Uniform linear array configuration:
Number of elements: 12
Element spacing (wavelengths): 0.75
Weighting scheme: kaiser
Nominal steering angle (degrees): -45
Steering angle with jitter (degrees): -44.347
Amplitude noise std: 0.05
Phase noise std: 0.05

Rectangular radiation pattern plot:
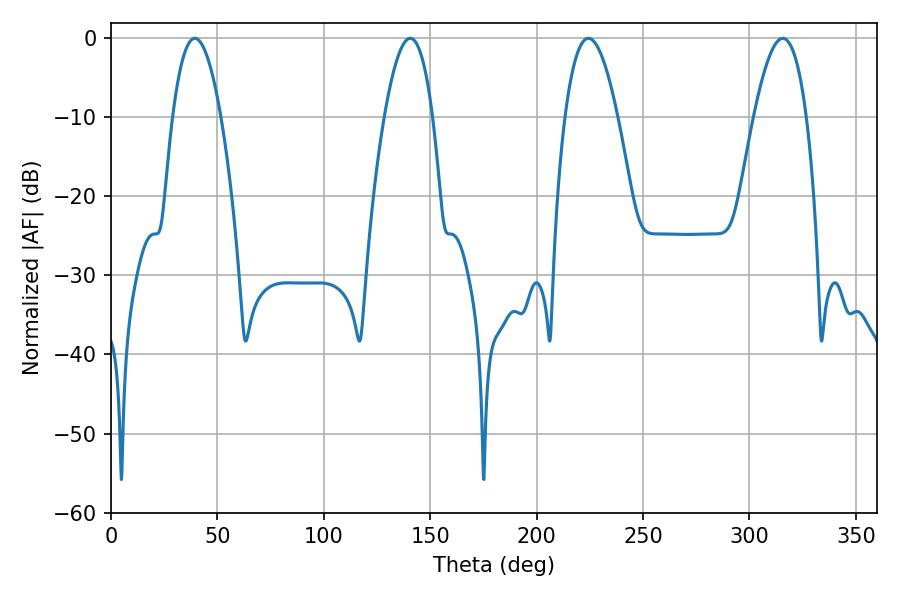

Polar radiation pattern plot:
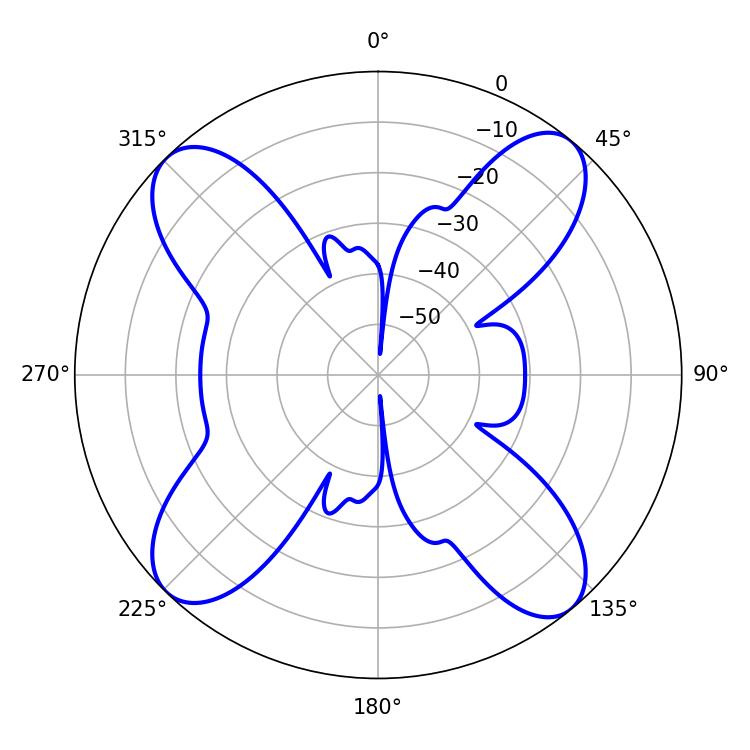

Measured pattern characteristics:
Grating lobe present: TRUE
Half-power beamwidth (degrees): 12.42
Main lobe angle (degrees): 140.58